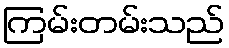
ကြမ်းတမ်းသည်